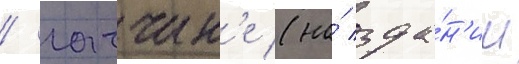
/ гатчин'е (на́ зда́н'ии